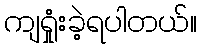
ကျရှုံးခဲ့ရပါတယ်။